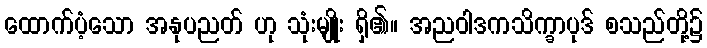
ထောက်ပံ့သော အနုပညတ် ဟု သုံးမျိုး ရှိ၏။ အညဝါဒကသိက္ခာပုဒ် စသည်တို့၌